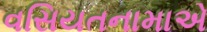
વસિયતનામાએ